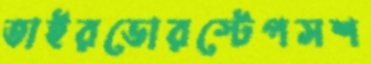
তাইরডোরস্টেপসশ